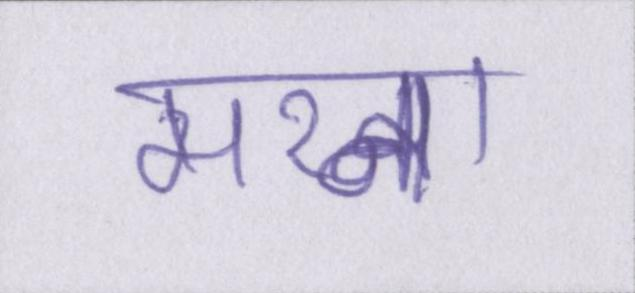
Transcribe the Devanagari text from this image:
मरना